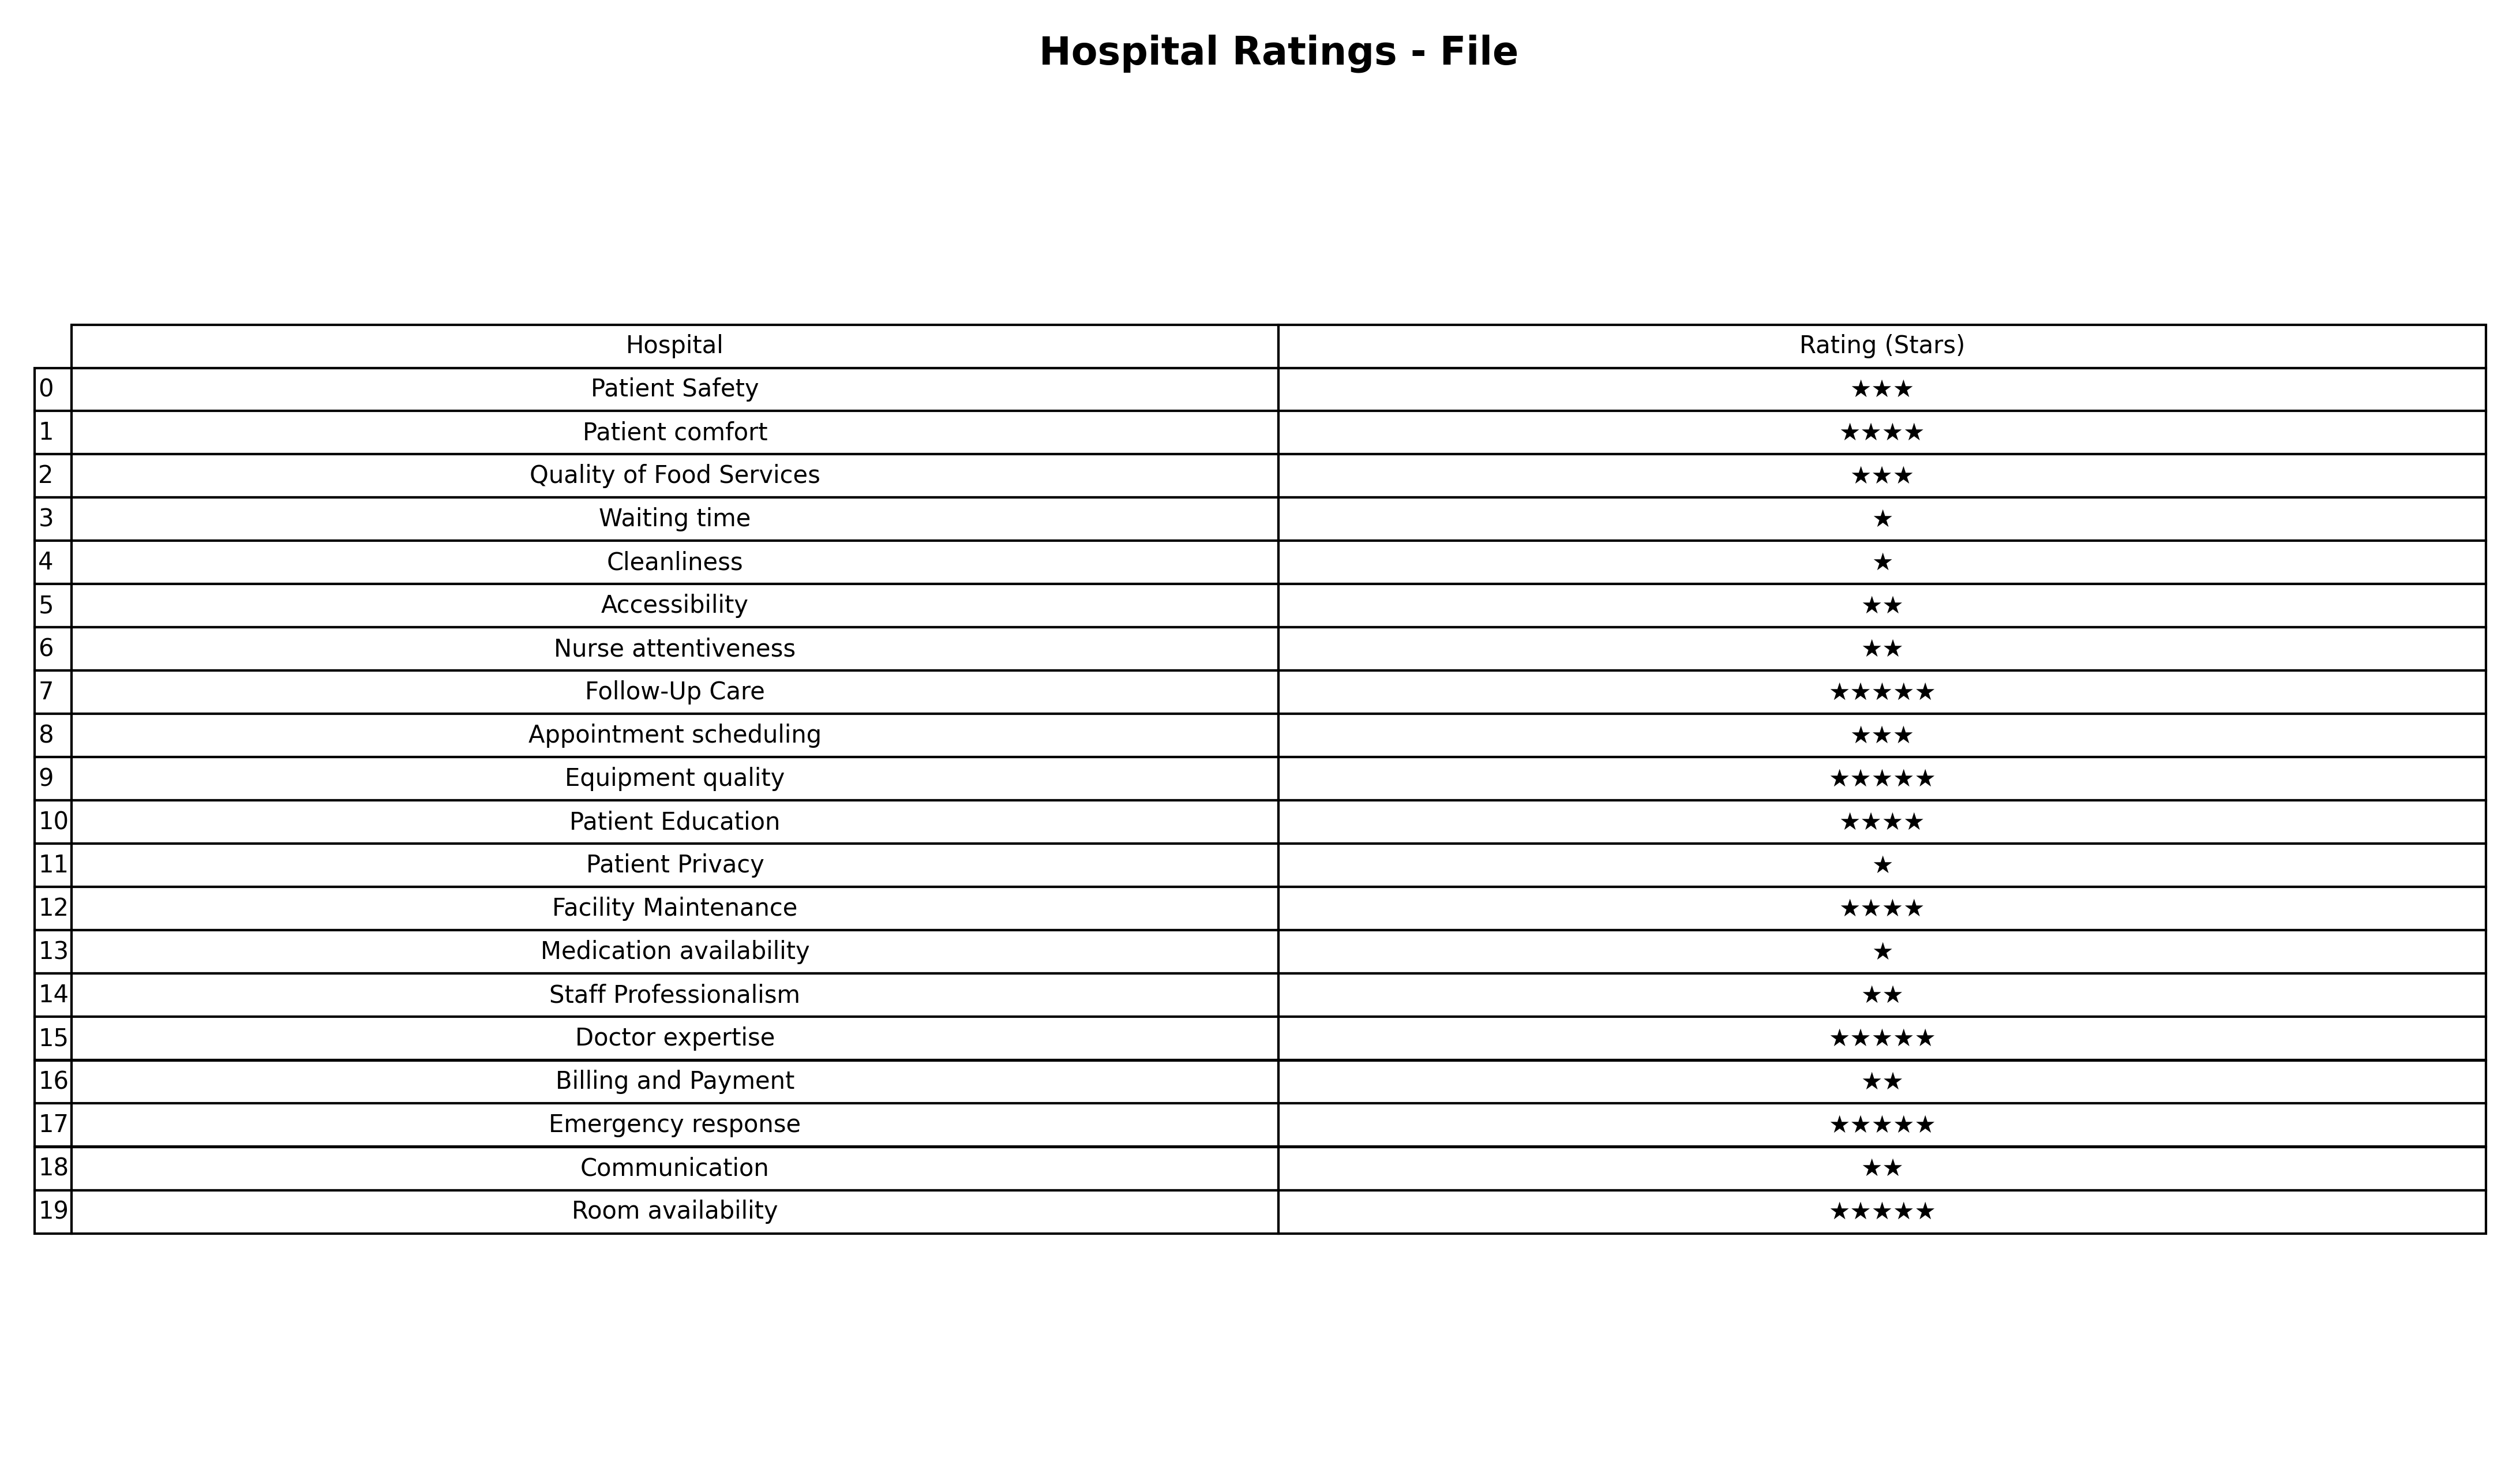
question: What is the rating of Staff Professionalism?
answer: ★★